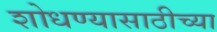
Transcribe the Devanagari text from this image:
शोधण्यासाठीच्या